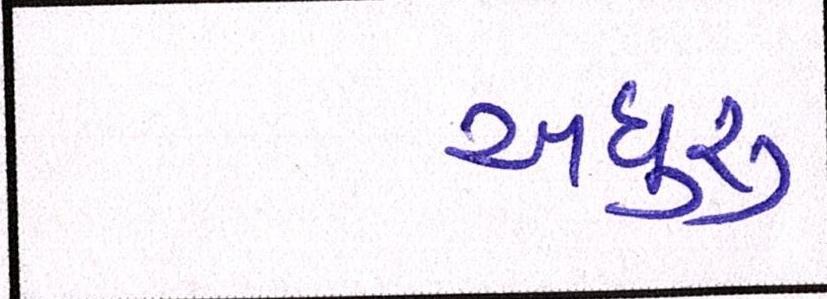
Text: અધુરુ